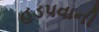
હડપવાની